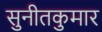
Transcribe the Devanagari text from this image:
सुनीतकुमार